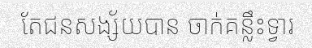
តែជនសង្ស័យបាន ចាក់គន្លឹះទ្វារ